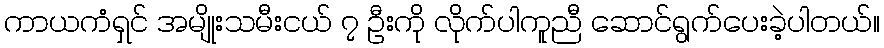
ကာယကံရှင် အမျိုးသမီးငယ် ၇ ဦးကို လိုက်ပါကူညီ ဆောင်ရွက်ပေးခဲ့ပါတယ်။